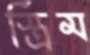
স্ত্রিম